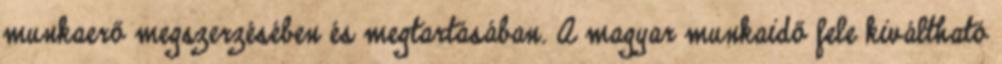
munkaerő megszerzésében és megtartásában. A magyar munkaidő fele kiváltható